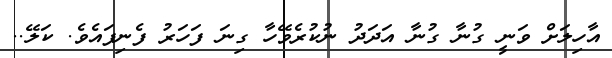
އާހިލަށް ވަނީ ގުނާ ގުނާ އަދަދު ނުކުރެވޭހާ ގިނަ ފަހަރު ފެނިފައެވެ. ކަލޭ..